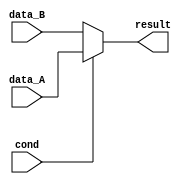
module conditional_block(
    input wire cond,
    input wire [7:0] data_A,
    input wire [7:0] data_B,
    output reg [7:0] result
);

always @(*) begin
    if(cond) begin
        result = data_A;
    end
    else begin
        result = (cond) ? data_A : data_B;
    end
end

endmodule